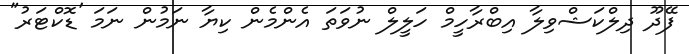
ފޭދޫ ދިލްކަޝްވިލާ އިބްރާހީމް ހަލީލް ނުވަތަ އެންމެން ކިޔާ ނަމުން ނަމަ 'ޑޮކްޓަރު"